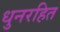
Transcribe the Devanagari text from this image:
धुनरहित